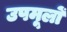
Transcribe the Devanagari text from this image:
उपमूलों